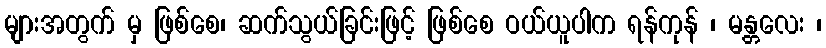
များအတွက် မှ ဖြစ်စေ၊ ဆက်သွယ်ခြင်းဖြင့် ဖြစ်စေ ဝယ်ယူပါက ရန်ကုန် ၊ မန္တလေး ၊